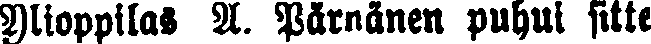
Ylioppilas A. Pärnänen puhui sitte